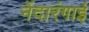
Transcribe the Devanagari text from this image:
नेंदारंगाई